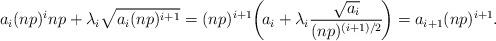
LaTeX: \begin{align*}a_i(np)^{i}np + \lambda_i \sqrt{a_i(np)^{i+1}}=(np)^{i+1} \!\left( \! a_i + \lambda_i\frac{\sqrt{a_i}}{(np)^{(i+1)/2}}\!\right)= a_{i+1} (np)^{i+1}.\end{align*}